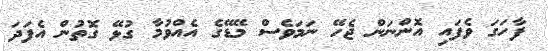
ފާހަގަ ވެފައި އޮންނަން ޖެހޭ ނަމަވެސް މޭޑޭގެ އެއްވުމާ ގުޅޭ ގޮތުން އެފަދަ